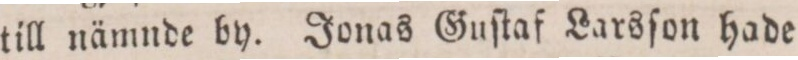
till nämnde by. Jonas Guſtaf Larsſon hade